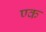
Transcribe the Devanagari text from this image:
ण्क